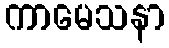
ကာမေသနာ